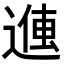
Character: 𬨽